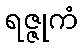
ရဇ္ဇုကံ